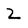
Character: 2